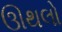
ઊથલો